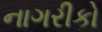
નાગરીકો